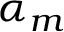
\alpha _ { m }